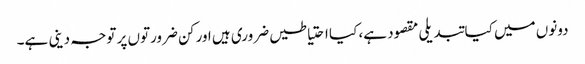
دونوں میں کیا تبدیلی مقصود ہے، کیا احتیاطیں ضروری ہیں اور کن ضرورتوں پر توجہ دینی ہے۔